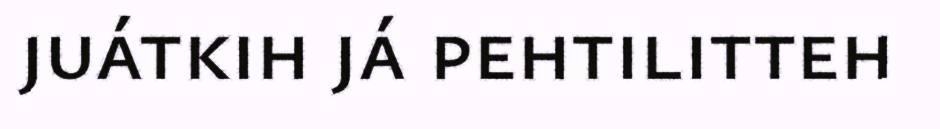
juátkih já pehtilitteh